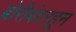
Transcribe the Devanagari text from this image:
बोरीबंदरहून